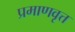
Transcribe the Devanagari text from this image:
प्रमाणवृत्त